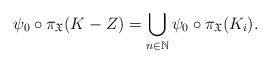
LaTeX: \begin{align*}\psi_0 \circ \pi_\mathfrak{X} (K -Z) = \bigcup \limits_{n \in \mathbb{N}} \psi_0 \circ \pi_\mathfrak{X} (K_i). \end{align*}